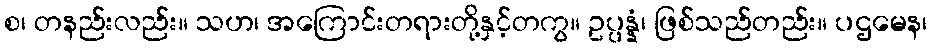
စ၊ တနည်းလည်း။ သဟ၊ အကြောင်းတရားတို့နှင့်တကွ။ ဥပ္ပန္နံ၊ ဖြစ်သည်တည်း။ ပဌမေန၊